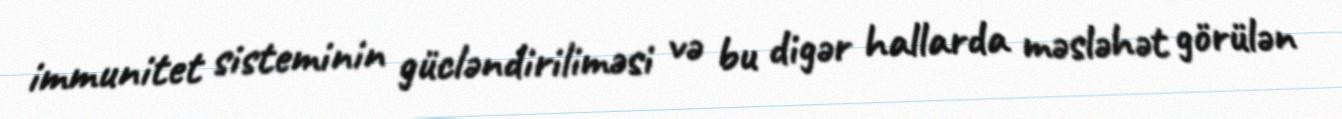
immunitet sisteminin gücləndiriliməsi və bu digər hallarda məsləhət görülən